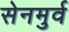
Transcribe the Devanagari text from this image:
सेनमुर्व